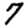
Digit: 7